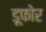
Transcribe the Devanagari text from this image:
डूफोर